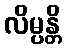
လိမ္ပန္တိ